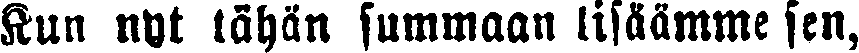
Kun nyt tähän summaan lisäämme sen,